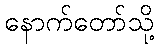
နောက်တော်သို့